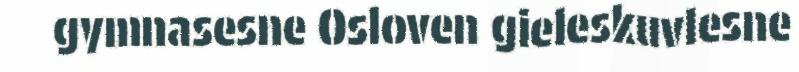
gymnasesne Osloven gieleskuvlesne